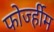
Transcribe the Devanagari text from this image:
फोर्ज्हीम